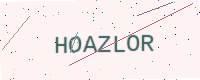
Text: HOAZLOR